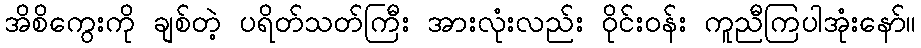
အိစိကွေးကို ချစ်တဲ့ ပရိတ်သတ်ကြီး အားလုံးလည်း ဝိုင်းဝန်း ကူညီကြပါအုံးနော်။